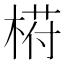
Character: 﨓